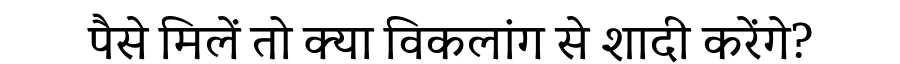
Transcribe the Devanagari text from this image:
पैसे मिलें तो क्या विकलांग से शादी करेंगे?